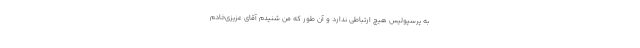
به پرسپولیس هیچ ارتباطی ندارد و آن طور که من شنیدم آقای عزیزی‌خادم